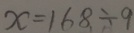
x = 1 6 8 \div 9